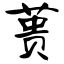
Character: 蒉